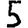
Digit: 5